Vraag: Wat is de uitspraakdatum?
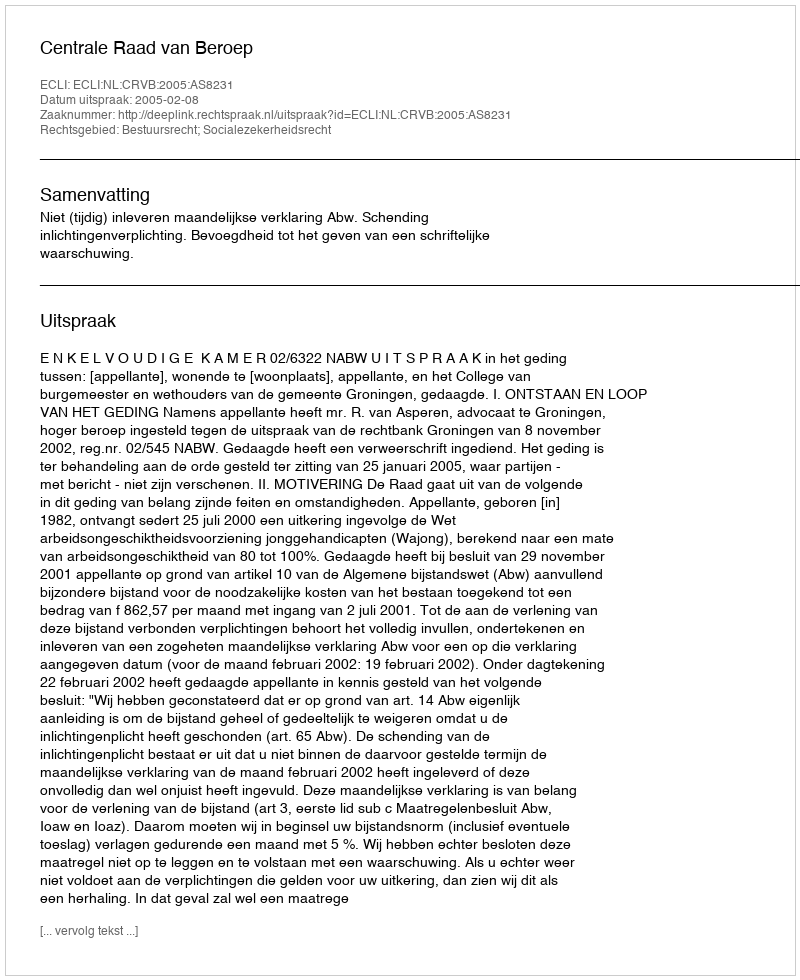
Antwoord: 2005-02-08